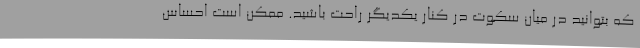
که بتوانید در میان سکوت در کنار یکدیگر راحت باشید. ممکن است احساس